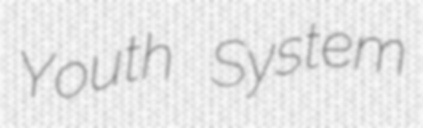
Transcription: Youth System